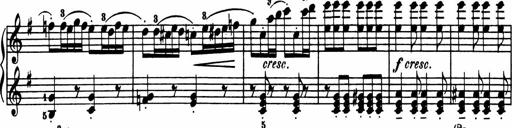
Title: Sonatina in G major
Composer: Friedrich Kuhlau
Key: G major